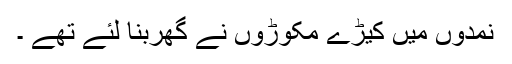
نمدوں میں کیڑے مکوڑوں نے گھربنا لئے تھے ۔